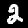
Digit: 2